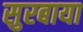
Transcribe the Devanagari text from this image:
सुरबाया